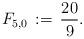
LaTeX: \begin{align*}F_{5,0}\,:=\,\frac{20}{9}.\end{align*}